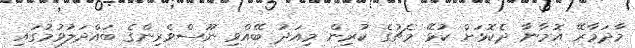
މާދަމާރޭ އޮމާނާ ދެކޮޅަށް ކުޅޭ މެޗުގެ ކުރިން މިއަދު ބޭއްވި ނޫސްވެރިންގެ ބައްދަލުވުމުގައި